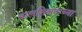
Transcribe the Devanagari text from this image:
बालशिक्षणाच्या